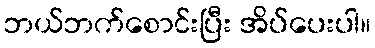
ဘယ်ဘက်စောင်းပြီး အိပ်ပေးပါ။